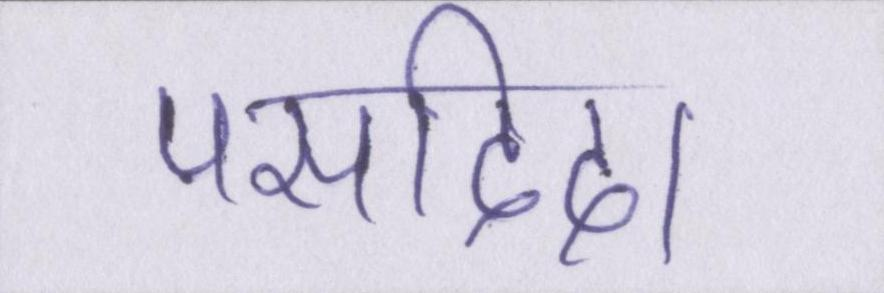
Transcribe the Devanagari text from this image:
पसदिदा